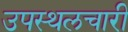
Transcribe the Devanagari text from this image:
उपस्थलचारी